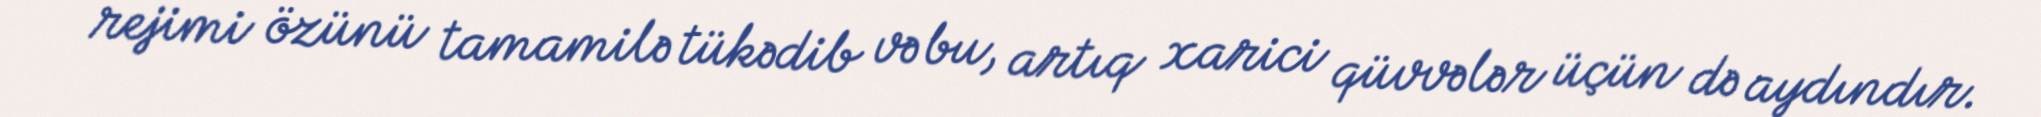
rejimi özünü tamamilə tükədib və bu, artıq xarici qüvvələr üçün də aydındır.